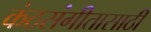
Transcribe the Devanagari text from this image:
कंठसंगीतासाठी